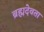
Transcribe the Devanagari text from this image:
ब्रह्मदेवता